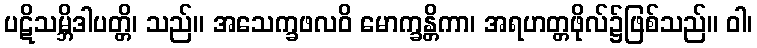
ပဋိသမ္ဘိဒါပတ္တိ၊ သည်။ အသေက္ခဖလဝိ မောက္ခန္တိကာ၊ အရဟတ္တဖိုလ်၌ဖြစ်သည်။ ဝါ၊